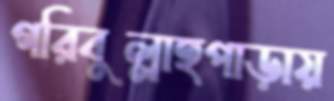
গরিবুল্লাহপাড়ায়